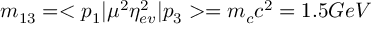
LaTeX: m _ { 1 3 } = < p _ { 1 } | \mu ^ { 2 } \eta _ { e v } ^ { 2 } | p _ { 3 } > = m _ { c } c ^ { 2 } = 1 . 5 G e V